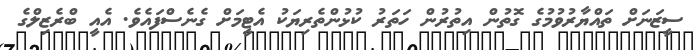
ސީޒަނަށް ތައްޔާރުވުމުގެ ގޮތުން އިތުރުން ހަތަރު ކުޅުންތެރިޔަކު އެޓީމަށް ގެނެސްފައެވެ. އެއީ ބްރެޒިލްގެ